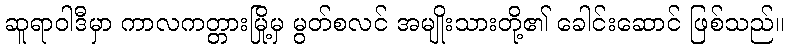
ဆူရာဝါဒီမှာ ကာလကတ္တားမြို့မှ မွတ်စလင် အမျိုးသားတို့၏ ခေါင်းဆောင် ဖြစ်သည်။